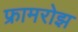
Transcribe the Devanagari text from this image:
फ्रामरोझ